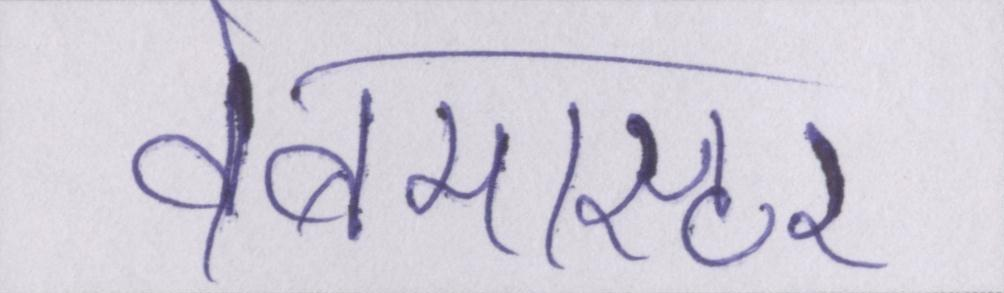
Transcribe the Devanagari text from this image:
वेबमास्टर